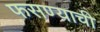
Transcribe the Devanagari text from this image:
फसण्याची